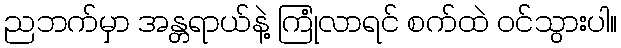
ညဘက်မှာ အန္တရာယ်နဲ့ ကြုံလာရင် စက်ထဲ ဝင်သွားပါ။